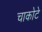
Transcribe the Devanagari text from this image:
चाकोटे